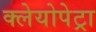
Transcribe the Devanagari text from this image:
क्लेयोपेट्रा